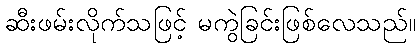
ဆီးဖမ်းလိုက်သဖြင့် မကွဲခြင်းဖြစ်လေသည်။